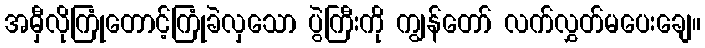
အမှီလိုကြုံတောင့်ကြုံခဲလှသော ပွဲကြီးကို ကျွန်တော် လက်လွှတ်မပေးချေ။